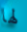
لها